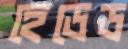
হেডেড